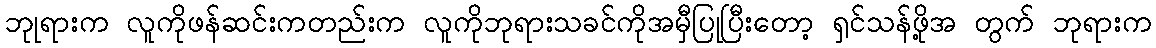
ဘုုရားက လူကိုဖန်ဆင်းကတည်းက လူကိုဘုရားသခင်ကိုအမှီပြုပြီးတော့ ရှင်သန်ဖို့အ တွက် ဘုရားက